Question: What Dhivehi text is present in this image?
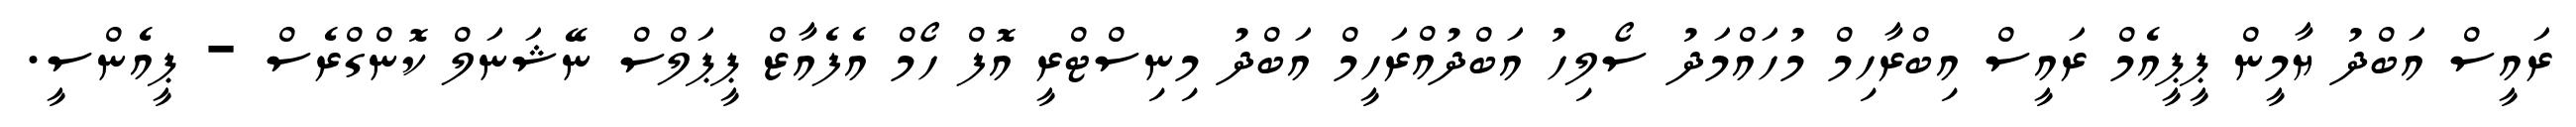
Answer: ރައީސް އަބްދު ޔާމީން ޕީޕީއެމް ރައީސް އިބްރާހިމް މުހައްމަދު ސޯލިހު އަބްދުއްރަހީމް އަބްދު މިނިސްޓްރީ އޮފް ހޯމް އެފެއާޒް ޕީޕަލްސް ނޭޝަނަލް ކޮންގްރެސް - ޕީއެންސީ.